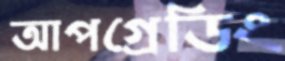
আপগ্রেডিং